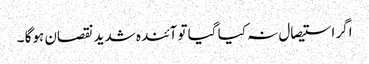
اگر استیصال نہ کیا گیا تو آئندہ شدید نقصان ہوگا ۔